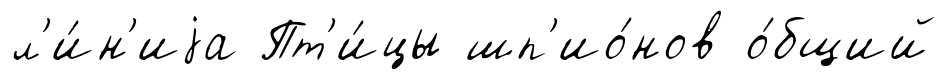
л'и́н'иjа Пт'и́цы шп'ио́нов о́бщий